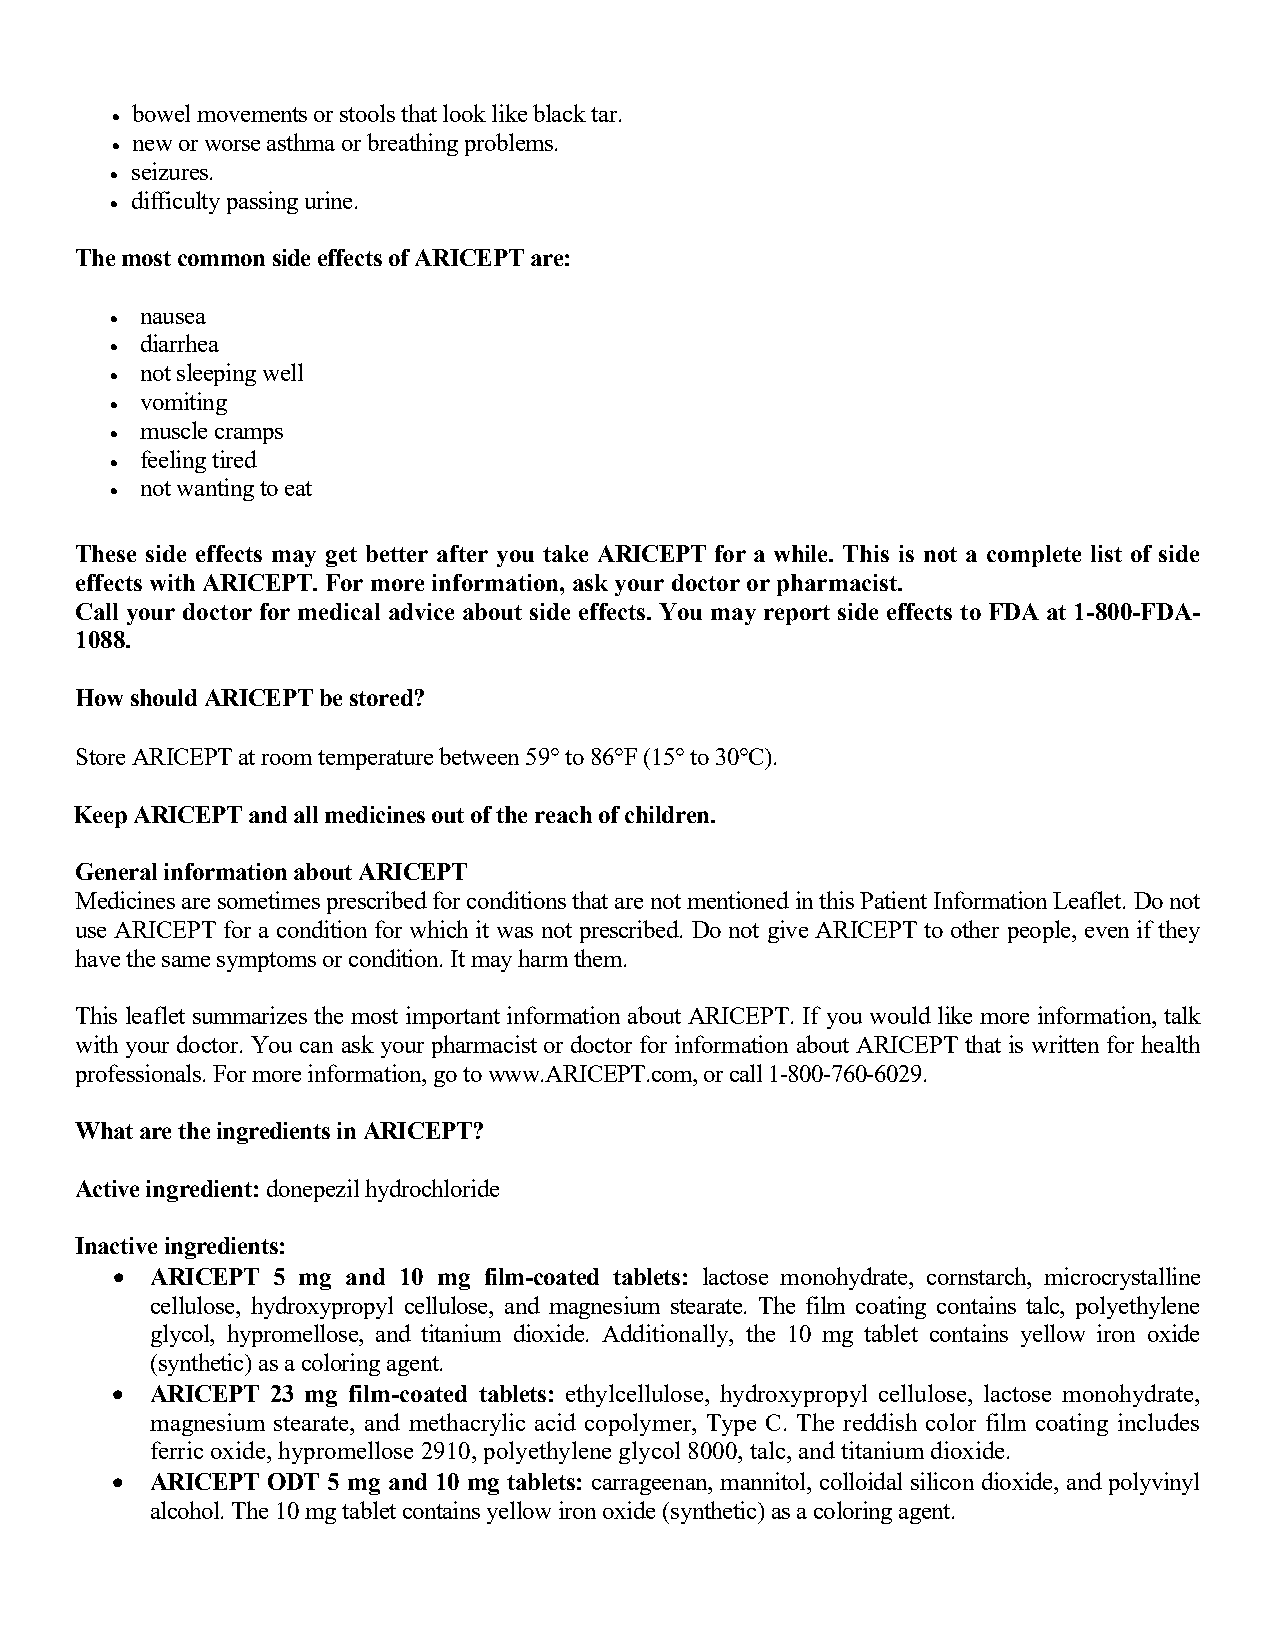
• bowel movements or stools that look like black tar.
 • new or worse asthma or breathing problems.
 • seizures.
 • difficulty passing urine.
 The most common side effects of ARICEPT are:
 • nausea
 • diarrhea
 • not sleeping well
 • vomiting
 • muscle cramps
 • feeling tired
 • not wanting to eat
 These side effects may get better after you take ARICEPT for a while. This is not a complete list of side
 effects with ARICEPT. For more information, ask your doctor or pharmacist.
 Call your doctor for medical advice about side effects. You may report side effects to FDA at 1-800-FDA-
 1088.
 How should ARICEPT be stored?
 Store ARICEPT at room temperature between 59° to 86°F (15° to 30°C).
 Keep ARICEPT and all medicines out of the reach of children.
 General information about ARICEPT
 Medicines are sometimes prescribed for conditions that are not mentioned in this Patient Information Leaflet. Do not
 use ARICEPT for a condition for which it was not prescribed. Do not give ARICEPT to other people, even if they
 have the same symptoms or condition. It may harm them.
 This leaflet summarizes the most important information about ARICEPT. If you would like more information, talk
 with your doctor. You can ask your pharmacist or doctor for information about ARICEPT that is written for health
 professionals. For more information, go to www.ARICEPT.com, or call 1-800-760-6029.
 What are the ingredients in ARICEPT?
 Active ingredient: donepezil hydrochloride
 Inactive ingredients:
 •  ARICEPT 5 mg and 10 mg film-coated tablets: lactose monohydrate, cornstarch, microcrystalline
 cellulose, hydroxypropyl cellulose, and magnesium stearate. The film coating contains talc, polyethylene
 glycol, hypromellose, and titanium dioxide. Additionally, the 10 mg tablet contains yellow iron oxide
 (synthetic) as a coloring agent.
 •  ARICEPT 23 mg film-coated tablets: ethylcellulose, hydroxypropyl cellulose, lactose monohydrate,
 magnesium stearate, and methacrylic acid copolymer, Type C. The reddish color film coating includes
 ferric oxide, hypromellose 2910, polyethylene glycol 8000, talc, and titanium dioxide.
 •  ARICEPT ODT 5 mg and 10 mg tablets: carrageenan, mannitol, colloidal silicon dioxide, and polyvinyl
 alcohol. The 10 mg tablet contains yellow iron oxide (synthetic) as a coloring agent.